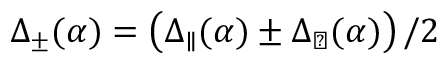
\Delta _ { \pm } ( \alpha ) = \left( \Delta _ { \parallel } ( \alpha ) \pm \Delta _ { \perp } ( \alpha ) \right) / 2